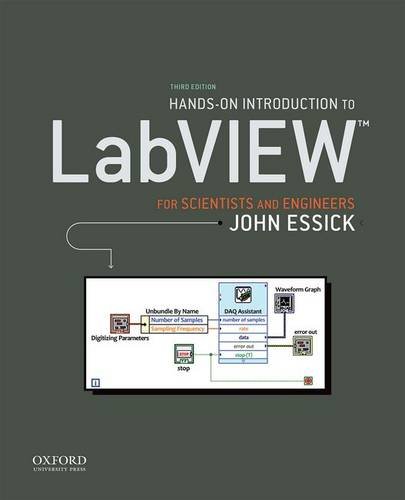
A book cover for Hands-On Introduction to LabVIEW for Scientists and Engineers; John Essick; Computers & Technology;